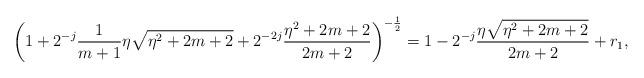
LaTeX: \begin{align*}\left(1+2^{-j}\frac{1}{m+1}\eta\sqrt{\eta^2+2m+2} +2^{-2j}\frac{\eta^2+2m+2}{2m+2}\right)^{-\frac{1}{2}}=1-2^{-j}\frac{\eta\sqrt{\eta^2+2m+2}}{2m+2}+r_1,\end{align*}